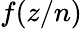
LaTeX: f(z/n)